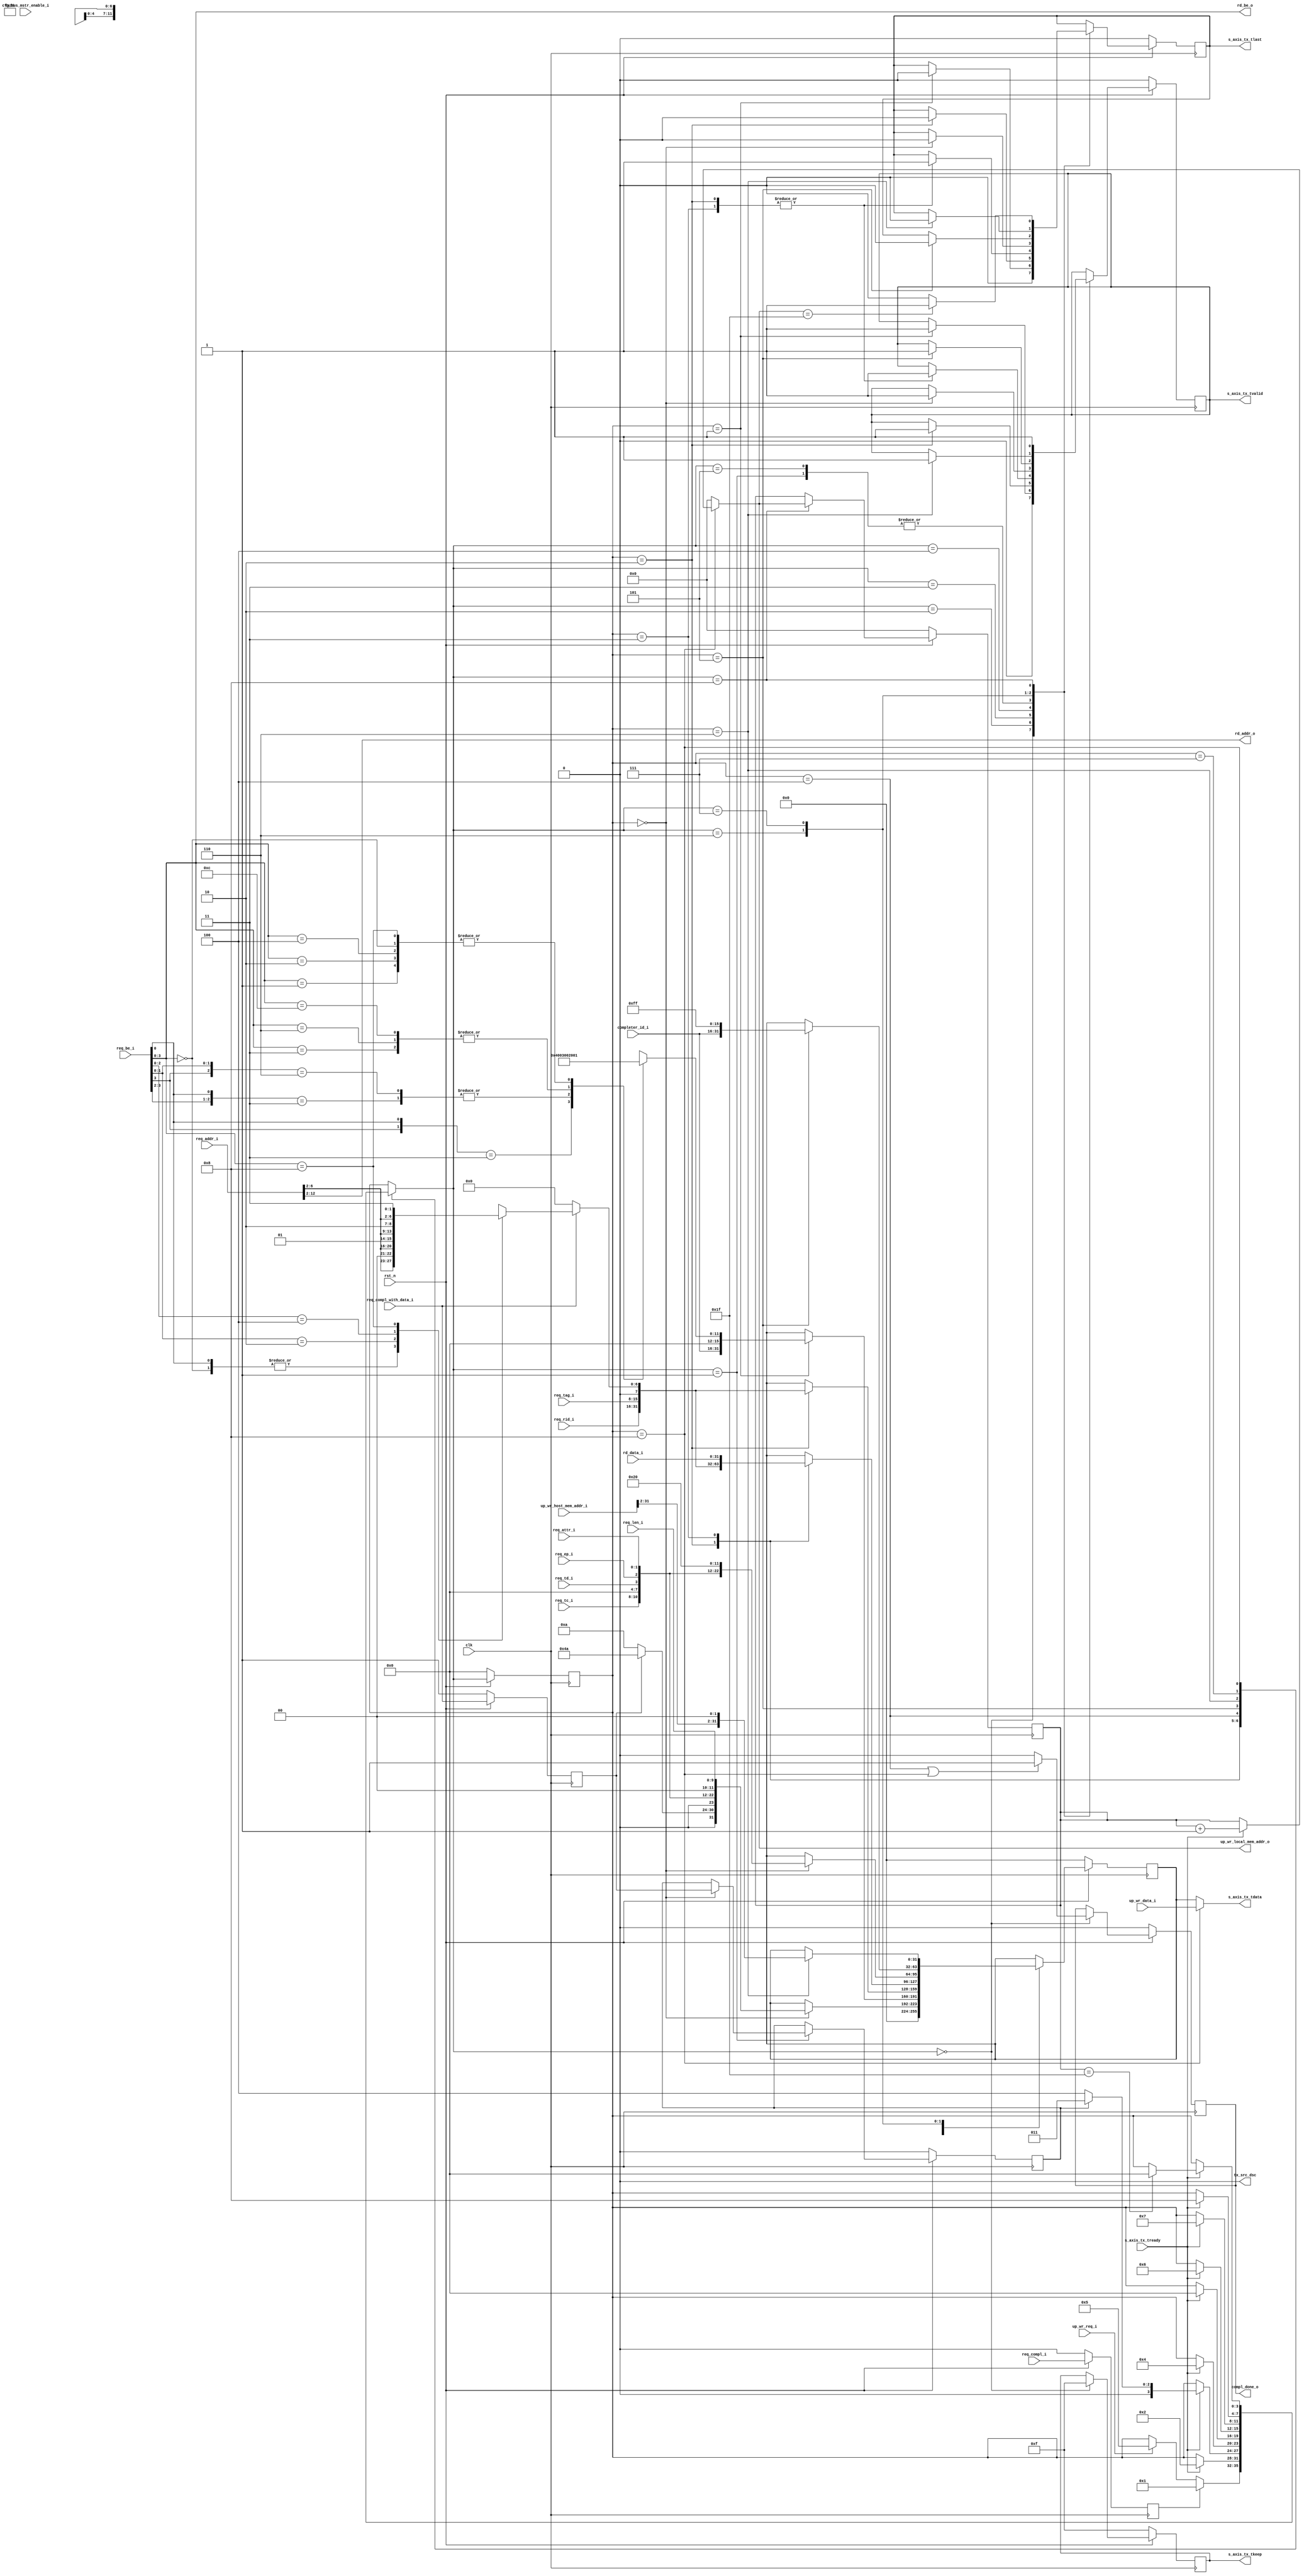
//-----------------------------------------------------------------------------
//
// (c) Copyright 2001, 2002, 2003, 2004, 2005, 2007, 2008, 2009 Xilinx, Inc. All rights reserved.
//
// This file contains confidential and proprietary information
// of Xilinx, Inc. and is protected under U.S. and
// international copyright and other intellectual property
// laws.
//
// DISCLAIMER
// This disclaimer is not a license and does not grant any
// rights to the materials distributed herewith. Except as
// otherwise provided in a valid license issued to you by
// Xilinx, and to the maximum extent permitted by applicable
// law: (1) THESE MATERIALS ARE MADE AVAILABLE "AS IS" AND
// WITH ALL FAULTS, AND XILINX HEREBY DISCLAIMS ALL WARRANTIES
// AND CONDITIONS, EXPRESS, IMPLIED, OR STATUTORY, INCLUDING
// BUT NOT LIMITED TO WARRANTIES OF MERCHANTABILITY, NON-
// INFRINGEMENT, OR FITNESS FOR ANY PARTICULAR PURPOSE; and
// (2) Xilinx shall not be liable (whether in contract or tort,
// including negligence, or under any other theory of
// liability) for any loss or damage of any kind or nature
// related to, arising under or in connection with these
// materials, including for any direct, or any indirect,
// special, incidental, or consequential loss or damage
// (including loss of data, profits, goodwill, or any type of
// loss or damage suffered as a result of any action brought
// by a third party) even if such damage or loss was
// reasonably foreseeable or Xilinx had been advised of the
// possibility of the same.
//
// CRITICAL APPLICATIONS
// Xilinx products are not designed or intended to be fail-
// safe, or for use in any application requiring fail-safe
// performance, such as life-support or safety devices or
// systems, Class III medical devices, nuclear facilities,
// applications related to the deployment of airbags, or any
// other applications that could lead to death, personal
// injury, or severe property or environmental damage
// (individually and collectively, "Critical
// Applications"). Customer assumes the sole risk and
// liability of any use of Xilinx products in Critical
// Applications, subject only to applicable laws and
// regulations governing limitations on product liability.
//
// THIS COPYRIGHT NOTICE AND DISCLAIMER MUST BE RETAINED AS
// PART OF THIS FILE AT ALL TIMES.
//
//-----------------------------------------------------------------------------
// Project    : Spartan-6 Integrated Block for PCI Express
// Description: 32 bit LocalLink Transmit Unit.
//
//-----------------------------------------------------------------------------

`timescale 1ns/1ns

module PIO_32_TX_ENGINE (
  input                   clk,
  input                   rst_n,

  // AXIS
  input                   s_axis_tx_tready,
  output      [31:0]      s_axis_tx_tdata,
  output  reg [3:0]       s_axis_tx_tkeep,
  output  reg             s_axis_tx_tlast,
  output  reg             s_axis_tx_tvalid,
  output                  tx_src_dsc,

  input                   req_compl_i,
  input                   req_compl_with_data_i,
  output reg              compl_done_o,

  input       [2:0]       req_tc_i,
  input                   req_td_i,
  input                   req_ep_i,
  input       [1:0]       req_attr_i,
  input       [9:0]       req_len_i,
  input       [15:0]      req_rid_i,
  input       [7:0]       req_tag_i,
  input       [7:0]       req_be_i,
  input       [12:0]      req_addr_i,

  output wire [10:0]      rd_addr_o,
  output wire [3:0]       rd_be_o,
  input       [31:0]      rd_data_i,

  input                   up_wr_req_i,
  input       [31:0]      up_wr_host_mem_addr_i,    // in units of byte
  output      [4:0]       up_wr_local_mem_addr_o,   // in units of DWORD
  input       [31:0]      up_wr_data_i,

  input       [15:0]      completer_id_i,
  input                   cfg_bus_mstr_enable_i
  );

  // Clock-to-out delay
  localparam TCQ                    = 1;

  // TLP Header format/type values
  localparam PIO_32_CPLD_FMT_TYPE   = 7'b10_01010;
  localparam PIO_32_CPL_FMT_TYPE    = 7'b00_01010;
  localparam PIO_32_WR32_FMT_TYPE   = 7'b10_00000;

  // State values
  localparam PIO_32_TX_RST_STATE    = 4'd0;
  localparam PIO_32_TX_CPL_CPLD_DW1 = 4'd1;
  localparam PIO_32_TX_CPL_CPLD_DW2 = 4'd2;
  localparam PIO_32_TX_CPLD_DW3     = 4'd3;
  localparam PIO_32_TX_WAIT_STATE   = 4'd4;
  localparam PIO_32_TX_MWR_DW1      = 4'd5;
  localparam PIO_32_TX_MWR_DW2      = 4'd6;
  localparam PIO_32_TX_MWR_ADDR     = 4'd7;
  localparam PIO_32_TX_MWR_DATA     = 4'd8;

  // Local registers
  reg [11:0]          byte_count;
  reg [6:0]           lower_addr;
  reg [3:0]           state;
  reg [3:0]           state_next;
  reg                 cpl_w_data;
  reg                 req_compl_q;
  reg                 req_compl_with_data_q;

  //
  // Unused discontinue signal
  //

  assign tx_src_dsc = 1'b0;

  //
  // Present address and byte enable to memory module
  //
  assign rd_addr_o = req_addr_i[12:2];
  assign rd_be_o   = req_be_i[3:0];

  //
  // Calculate byte count based on byte enable
  //
  always @* begin
    casex (rd_be_o[3:0])
      4'b1xx1 : byte_count = 12'h004;
      4'b01x1 : byte_count = 12'h003;
      4'b1x10 : byte_count = 12'h003;
      4'b0011 : byte_count = 12'h002;
      4'b0110 : byte_count = 12'h002;
      4'b1100 : byte_count = 12'h002;
      4'b0001 : byte_count = 12'h001;
      4'b0010 : byte_count = 12'h001;
      4'b0100 : byte_count = 12'h001;
      4'b1000 : byte_count = 12'h001;
      4'b0000 : byte_count = 12'h001;
    endcase
  end

  //
  // Calculate lower address based on byte enable
  // This assumes that only PIO write responses ask
  // for a completion without data.
  //
  always @* begin
    casex ({req_compl_with_data_i, rd_be_o[3:0]})
      5'b0_xxxx : lower_addr = 8'h0;
      5'bx_0000 : lower_addr = {req_addr_i[6:2], 2'b00};
      5'bx_xxx1 : lower_addr = {req_addr_i[6:2], 2'b00};
      5'bx_xx10 : lower_addr = {req_addr_i[6:2], 2'b01};
      5'bx_x100 : lower_addr = {req_addr_i[6:2], 2'b10};
      5'bx_1000 : lower_addr = {req_addr_i[6:2], 2'b11};
    endcase
  end

  always @(posedge clk) begin
    if (!rst_n) begin
      req_compl_q           <= #TCQ 1'b0;
      req_compl_with_data_q <= #TCQ 1'b1;
    end else begin
      req_compl_q           <= #TCQ req_compl_i;
      req_compl_with_data_q <= #TCQ req_compl_with_data_i;
    end
  end

reg [4:0]   up_wr_count;
reg [4:0]   up_wr_count_next;
reg [31:0]  s_axis_tx_tdata_q;

assign s_axis_tx_tdata = (state == PIO_32_TX_MWR_DATA) ? up_wr_data_i : s_axis_tx_tdata_q;
assign up_wr_local_mem_addr_o = up_wr_count_next;

/**** 3-blocks ***/
always @(posedge clk) begin
    if (!rst_n) begin
        state <= PIO_32_TX_RST_STATE;
    end else begin
        state <= state_next;
    end
end

// output
always @(posedge clk) begin
    if (!rst_n) begin
        s_axis_tx_tlast   <= #TCQ 1'b0;
        s_axis_tx_tvalid  <= #TCQ 1'b0;
        s_axis_tx_tdata_q <= #TCQ 32'h0;
        s_axis_tx_tkeep   <= #TCQ 4'hF;
        compl_done_o      <= #TCQ 1'b0;
        cpl_w_data        <= #TCQ 1'b0;
        up_wr_count       <= #TCQ 'b0;
    end else begin
        s_axis_tx_tlast   <= #TCQ s_axis_tx_tlast ;
        s_axis_tx_tvalid  <= #TCQ s_axis_tx_tvalid;
        s_axis_tx_tdata_q <= #TCQ s_axis_tx_tdata_q;
        s_axis_tx_tkeep   <= #TCQ s_axis_tx_tkeep ;
        compl_done_o      <= #TCQ compl_done_o;
        case (state_next)
            PIO_32_TX_RST_STATE: begin
                s_axis_tx_tlast   <= #TCQ 1'b0;
                s_axis_tx_tvalid  <= #TCQ 1'b0;
                s_axis_tx_tdata_q <= #TCQ 32'h0;
                s_axis_tx_tkeep   <= #TCQ 4'hF;
                compl_done_o      <= #TCQ ((state == PIO_32_TX_WAIT_STATE) || (state == PIO_32_TX_MWR_DATA)) ? 1'b1 : 1'b0;
            end
            PIO_32_TX_CPL_CPLD_DW1: begin
                if (state == PIO_32_TX_RST_STATE) begin
                    s_axis_tx_tlast  <= #TCQ 1'b0;
                    s_axis_tx_tvalid <= #TCQ 1'b1;
                    s_axis_tx_tdata_q<= #TCQ {1'b0,
                        (req_compl_with_data_q ? PIO_32_CPLD_FMT_TYPE : PIO_32_CPL_FMT_TYPE),
                        {1'b0},
                        req_tc_i,
                        {4'b0},
                        req_td_i,
                        req_ep_i,
                        req_attr_i,
                        {2'b0},
                        req_len_i
                    };
                    cpl_w_data       <= #TCQ req_compl_with_data_q;
                end
            end
            PIO_32_TX_CPL_CPLD_DW2: begin
                if (state == PIO_32_TX_CPL_CPLD_DW1) begin
                    s_axis_tx_tlast  <= #TCQ 1'b0;
                    s_axis_tx_tvalid <= #TCQ 1'b1;
                    s_axis_tx_tdata_q<= #TCQ {completer_id_i,
                        {3'b0},
                        {1'b0},
                        byte_count
                    };
                end
            end
            PIO_32_TX_CPLD_DW3    : begin
                if (state == PIO_32_TX_CPL_CPLD_DW2) begin
                    s_axis_tx_tlast  <= #TCQ 1'b0;
                    s_axis_tx_tvalid <= #TCQ 1'b1;
                    s_axis_tx_tdata_q<= #TCQ {req_rid_i,
                        req_tag_i,
                        {1'b0},
                        lower_addr
                    };
                    s_axis_tx_tlast <= #TCQ 1'b0;
                end
            end
            PIO_32_TX_WAIT_STATE  : begin
                case (state)
                    PIO_32_TX_CPL_CPLD_DW2: begin
                        s_axis_tx_tlast  <= #TCQ 1'b1;
                        s_axis_tx_tvalid <= #TCQ 1'b1;
                        s_axis_tx_tdata_q<= #TCQ {req_rid_i,
                            req_tag_i,
                            {1'b0},
                            lower_addr
                        };
                    end
                    PIO_32_TX_CPLD_DW3: begin
                        s_axis_tx_tlast  <= #TCQ 1'b1;
                        s_axis_tx_tvalid <= #TCQ 1'b1;
                        s_axis_tx_tdata_q<= #TCQ rd_data_i;
                    end
                endcase
            end
            PIO_32_TX_MWR_DW1 : begin
                if (state == PIO_32_TX_RST_STATE) begin
                    s_axis_tx_tlast  <= #TCQ 1'b0;
                    s_axis_tx_tvalid <= #TCQ 1'b1;
                    s_axis_tx_tdata_q<= #TCQ {1'b0,
                        PIO_32_WR32_FMT_TYPE,
                        {1'b0},
                        req_tc_i,
                        {4'b0},
                        req_td_i,
                        req_ep_i,
                        req_attr_i,
                        {2'b0},
                        10'd32
                    };
                end
            end
            PIO_32_TX_MWR_DW2 : begin
                if (state == PIO_32_TX_MWR_DW1) begin
                    s_axis_tx_tlast  <= #TCQ 1'b0;
                    s_axis_tx_tvalid <= #TCQ 1'b1;
                    s_axis_tx_tdata_q<= #TCQ {completer_id_i, 8'b0, 8'hFF }; // RequestID, Tag, Last/First BE
                end
            end
            PIO_32_TX_MWR_ADDR : begin
                if (state == PIO_32_TX_MWR_DW2) begin
                    s_axis_tx_tlast  <= #TCQ 1'b0;
                    s_axis_tx_tvalid <= #TCQ 1'b1;
                    s_axis_tx_tdata_q<= #TCQ {up_wr_host_mem_addr_i[31:2], 2'b0};
                end
            end
            PIO_32_TX_MWR_DATA : begin
                s_axis_tx_tlast  <= #TCQ (up_wr_count_next == 'd31) ? 1'b1 : 1'b0;
                s_axis_tx_tvalid <= #TCQ 1'b1;
                up_wr_count      <= up_wr_count_next;
            end
        endcase
    end
end

always @(*) begin
    case (state)
        PIO_32_TX_MWR_DATA: begin
            if (s_axis_tx_tready) begin
                up_wr_count_next = up_wr_count + 1;
            end else begin
                up_wr_count_next = up_wr_count;
            end
        end
        default : up_wr_count_next = 0;
    endcase
end

// state transaction
always @(*) begin
    state_next = #TCQ state;
    case (state)
        PIO_32_TX_RST_STATE : begin
            if (req_compl_q) begin
                state_next  = #TCQ PIO_32_TX_CPL_CPLD_DW1;
            end else if (up_wr_req_i) begin
                state_next = #TCQ PIO_32_TX_MWR_DW1;
            end
        end
        PIO_32_TX_CPL_CPLD_DW1 : begin
            if (s_axis_tx_tready) begin
                state_next = #TCQ PIO_32_TX_CPL_CPLD_DW2;
            end
        end
        PIO_32_TX_CPL_CPLD_DW2 : begin
            if (s_axis_tx_tready) begin
                if (cpl_w_data) begin
                    state_next  = #TCQ PIO_32_TX_CPLD_DW3;
                end else
                    state_next  = #TCQ PIO_32_TX_WAIT_STATE;
            end
        end
        PIO_32_TX_CPLD_DW3 : begin
            if (s_axis_tx_tready) begin
                state_next  = #TCQ PIO_32_TX_WAIT_STATE;
            end
        end
        PIO_32_TX_WAIT_STATE : begin
            if (s_axis_tx_tready) begin
                state_next = #TCQ PIO_32_TX_RST_STATE;
            end
        end
        PIO_32_TX_MWR_DW1 : begin
            if (s_axis_tx_tready) begin
                state_next  = #TCQ PIO_32_TX_MWR_DW2;
            end
        end
        PIO_32_TX_MWR_DW2 : begin
            if (s_axis_tx_tready) begin
                state_next  = #TCQ PIO_32_TX_MWR_ADDR;
            end
        end
        PIO_32_TX_MWR_ADDR : begin
            if (s_axis_tx_tready) begin
                state_next  = #TCQ PIO_32_TX_MWR_DATA;
            end
        end
        PIO_32_TX_MWR_DATA : begin
            if (s_axis_tx_tready) begin
                if (up_wr_count == 'd31) begin
                    state_next  = #TCQ PIO_32_TX_RST_STATE;
                end
            end
        end
    endcase
end

//
//  Generate Completion with 1 DW Payload or Completion with
//  no data
//
`ifdef OLD_SINGLE_FSM
always @(posedge clk) begin
  if (!rst_n) begin


    state             <= #TCQ PIO_32_TX_RST_STATE;
  end else begin
    compl_done_o      <= #TCQ 1'b0;

    case (state)
      PIO_32_TX_RST_STATE : begin

        if (req_compl_q && req_compl_with_data_q) begin
          // Begin a CplD TLP
          s_axis_tx_tlast  <= #TCQ 1'b0;
          s_axis_tx_tvalid <= #TCQ 1'b1;
          s_axis_tx_tdata  <= #TCQ {1'b0,
                                    PIO_32_CPLD_FMT_TYPE,
                                    {1'b0},
                                    req_tc_i,
                                    {4'b0},
                                    req_td_i,
                                    req_ep_i,
                                    req_attr_i,
                                    {2'b0},
                                    req_len_i
                                    };
          cpl_w_data       <= #TCQ req_compl_with_data_q;
          state            <= #TCQ PIO_32_TX_CPL_CPLD_DW1;
        end else if (req_compl_q && !req_compl_with_data_q) begin
          // Begin a Cpl TLP
          s_axis_tx_tlast  <= #TCQ 1'b0;
          s_axis_tx_tvalid <= #TCQ 1'b1;
          s_axis_tx_tdata  <= #TCQ {1'b0,
                                    PIO_32_CPL_FMT_TYPE,
                                    {1'b0},
                                    req_tc_i,
                                    {4'b0},
                                    req_td_i,
                                    req_ep_i,
                                    req_attr_i,
                                    {2'b0},
                                    req_len_i
                                    };
          cpl_w_data       <= #TCQ req_compl_with_data_q;
          state            <= #TCQ PIO_32_TX_CPL_CPLD_DW1;
        end else begin
          s_axis_tx_tlast   <= #TCQ 1'b0;
          s_axis_tx_tvalid  <= #TCQ 1'b0;
          s_axis_tx_tdata   <= #TCQ 32'h0;
          s_axis_tx_tkeep   <= #TCQ 4'hF;
          state             <= #TCQ PIO_32_TX_RST_STATE;
        end
      end // PIO_32_TX_RST_STATE

      PIO_32_TX_CPL_CPLD_DW1 : begin
        if (s_axis_tx_tready) begin
          // Output next DW of TLP
          s_axis_tx_tlast  <= #TCQ 1'b0;
          s_axis_tx_tvalid <= #TCQ 1'b1;
          s_axis_tx_tdata  <= #TCQ {completer_id_i,
                                    {3'b0},
                                    {1'b0},
                                    byte_count
                                    };
          state            <= #TCQ PIO_32_TX_CPL_CPLD_DW2;
        end else begin
          // Wait for core to accept previous DW
          state            <= #TCQ PIO_32_TX_CPL_CPLD_DW1;
        end
      end // PIO_32_TX_CPL_CPLD_DW1

      PIO_32_TX_CPL_CPLD_DW2 : begin
        if (s_axis_tx_tready) begin
          // Output next DW of TLP
          s_axis_tx_tlast  <= #TCQ 1'b0;
          s_axis_tx_tvalid <= #TCQ 1'b1;
          s_axis_tx_tdata  <= #TCQ {req_rid_i,
                                    req_tag_i,
                                    {1'b0},
                                    lower_addr
                                    };

          if (cpl_w_data) begin
            // For a CplD, there is one more DW
            s_axis_tx_tlast <= #TCQ 1'b0;
            state           <= #TCQ PIO_32_TX_CPLD_DW3;
          end else begin
            // For a Cpl, this is the final DW
            s_axis_tx_tlast <= #TCQ 1'b1;
            state           <= #TCQ PIO_32_TX_WAIT_STATE;
          end
        end else begin
          // Wait for core to accept previous DW
          state            <= #TCQ PIO_32_TX_CPL_CPLD_DW2;
        end
      end // PIO_32_TX_CPL_CPLD_DW2

      PIO_32_TX_CPLD_DW3 : begin
        if (s_axis_tx_tready) begin
          // Output next DW of TLP
          s_axis_tx_tlast  <= #TCQ 1'b1;
          s_axis_tx_tvalid <= #TCQ 1'b1;
          s_axis_tx_tdata  <= #TCQ rd_data_i;
          state            <= #TCQ PIO_32_TX_WAIT_STATE;
        end else begin
          // Wait for core to accept previous DW
          state            <= #TCQ PIO_32_TX_CPLD_DW3;
        end
      end // PIO_32_TX_CPLD_DW3

      PIO_32_TX_WAIT_STATE : begin
        if (s_axis_tx_tready) begin
          // Core has accepted final DW of TLP
          s_axis_tx_tlast  <= #TCQ 1'b0;
          s_axis_tx_tvalid <= #TCQ 1'b0;
          compl_done_o     <= #TCQ 1'b1;
          s_axis_tx_tdata  <= #TCQ 32'h0;
          state            <= #TCQ PIO_32_TX_RST_STATE;
        end else begin
          // Wait for core to accept previous DW
          state            <= #TCQ PIO_32_TX_WAIT_STATE;
        end
      end // PIO_32_TX_WAIT_STATE
      default:
        state              <= #TCQ PIO_32_TX_RST_STATE;
    endcase // (state)
  end // rst_n
end
`endif

endmodule // PIO_32_TX_ENGINE